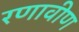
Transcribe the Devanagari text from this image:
रणावीण